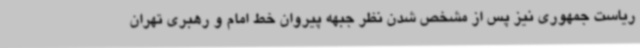
ریاست جمهوری نیز پس از مشخص شدن نظر جبهه پیروان خط امام و رهبری تهران